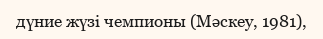
дүние жүзі чемпионы (Мәскеу, 1981),